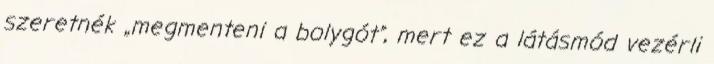
szeretnék „megmenteni a bolygót”, mert ez a látásmód vezérli